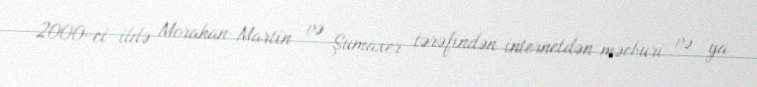
2000-ci ildə Morahan-Martin və Şumaxer tərəfindən internetdən məcburi və ya